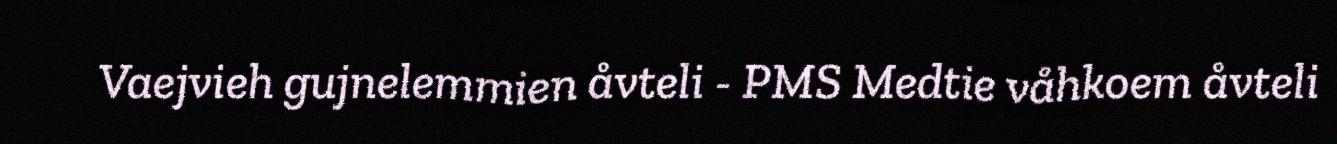
Vaejvieh gujnelemmien åvteli - PMS Medtie våhkoem åvteli